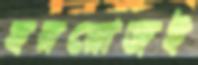
হররোজই